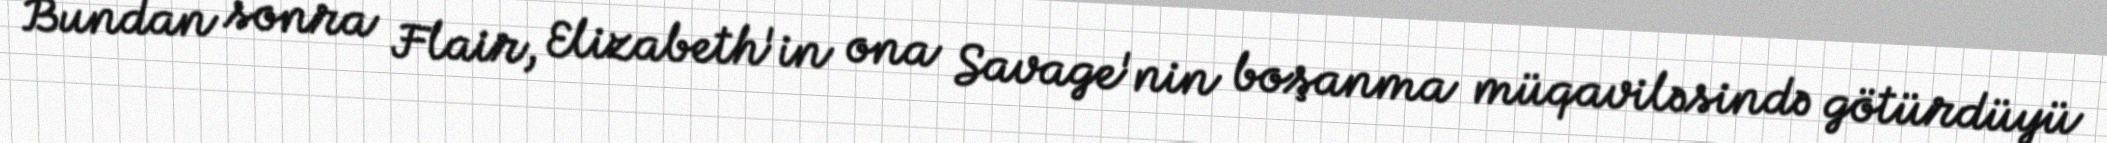
Bundan sonra Flair, Elizabeth'in ona Savage'nin boşanma müqaviləsində götürdüyü